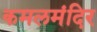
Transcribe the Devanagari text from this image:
कमलमंदिर